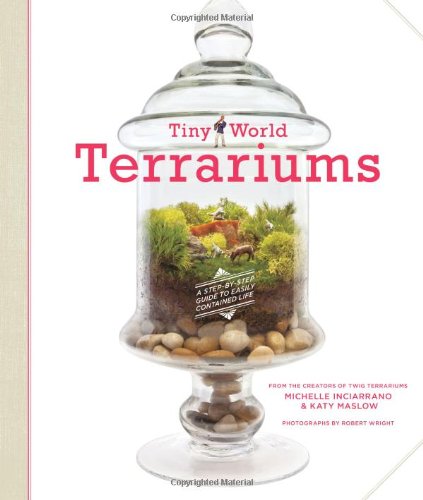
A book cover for Tiny World Terrariums: A Step-by-Step Guide; Michelle Inciarrano; Crafts, Hobbies & Home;